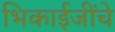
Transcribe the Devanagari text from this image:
भिकाईजींचे